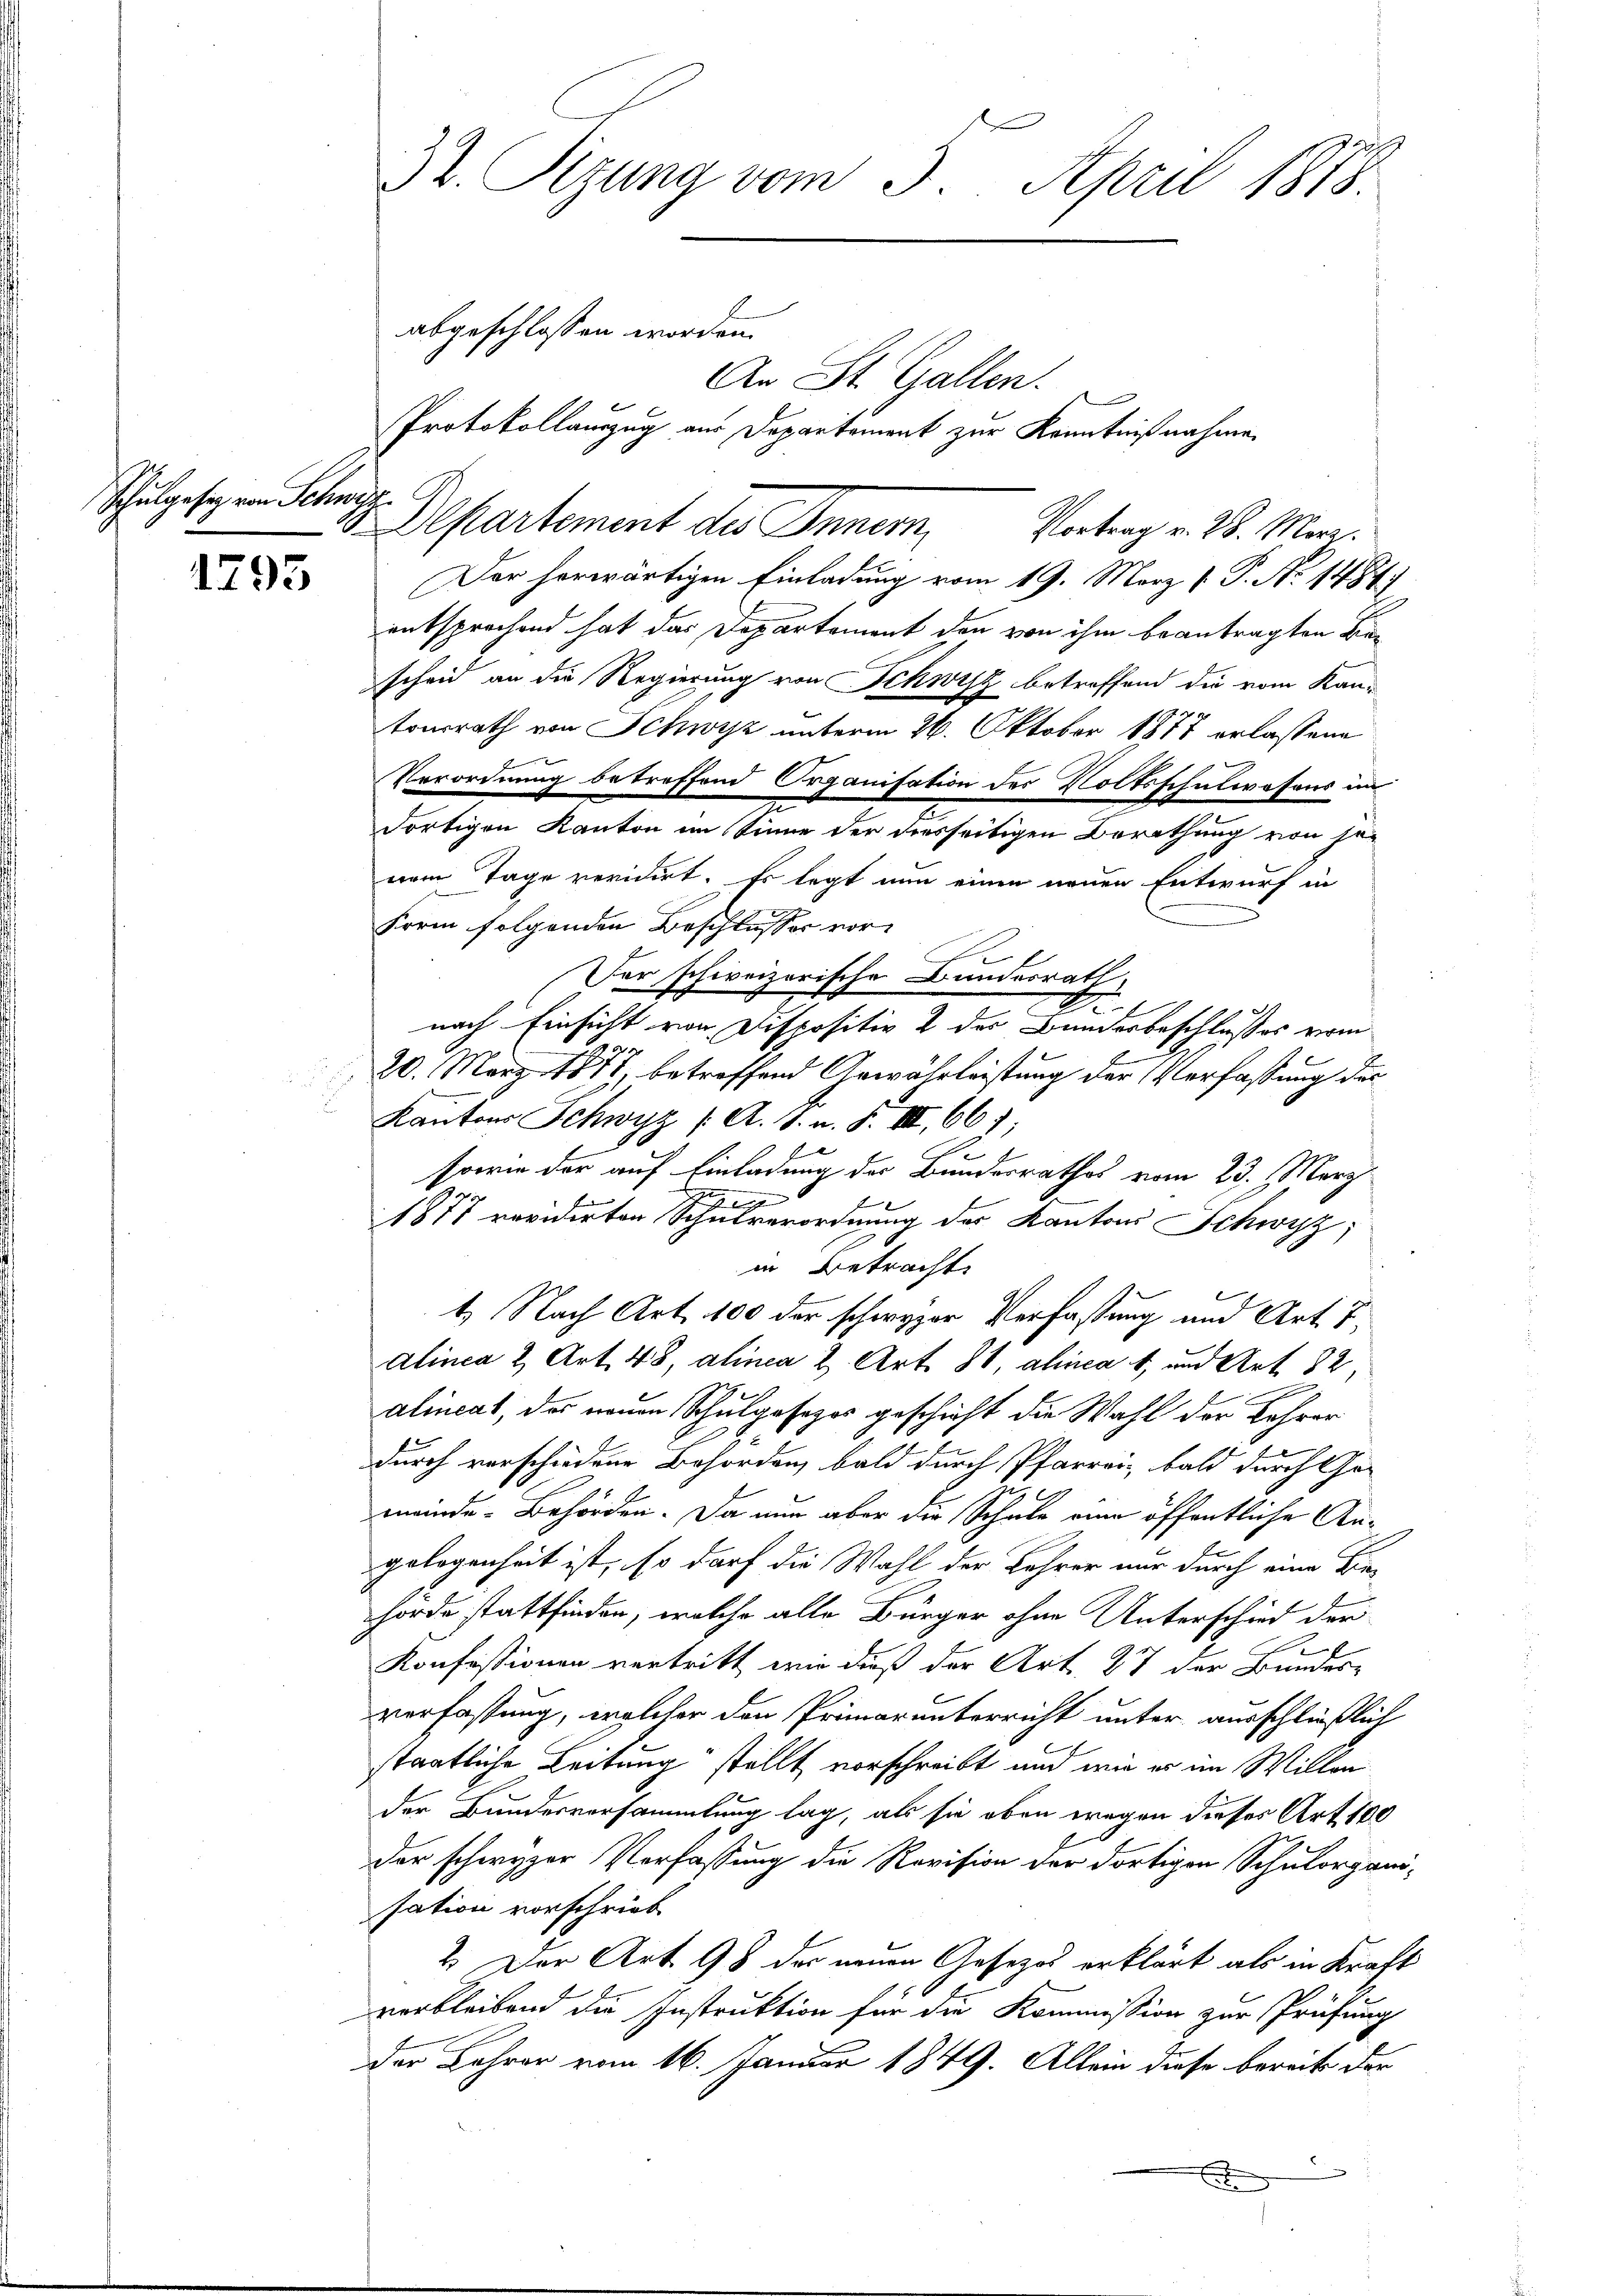
Schulgeseg von Schwyz

1795

u

32. Sizung vom 5. April 1878
abgeschlossen worden.
An St. Gallen.
e
Protokollauszug aus Departement zur Kenntnißnahme

Departement des Inner, Vortrag v. 28. Mar.

Der herwärtigen Einladung vom 19. März [ P. Nr. 1487.
entsprochend hat das Departement den von ihm beantragten Bescheid an die Regierung von Schwyz betreffend die vom Kan-
tonsrath von Schwyz unterm 26. Oktober 1877 erlassene
Verordnung betreffend Organisation des Volksschulwesens im
dortigen Kanton im Sinne der diesseitigen Berathung von jenem Tage revidirt. Es legt nun einen neuen Entwurf in
Form folgenden Beschlusses vor
Der schweizerische Bundesrath,
D
nach Einsicht von Dispositiv 2 des Bunderbeschlusses vom
20. März 1871, betreffend Gewährleistung der Verfassung der
Kantons Schwyz (A. 1. u. F. III 661
sowie der auf Einladung der Bundesrathes vom 23. März.
1877 revidirten Schulverordnung des Kantons Schwyz;
in Betracht
t. Nach Art. 100 der schwyzer Verfassung und Art. 7,
Alinea 2 Art. 48, alinea 2. Art. 88, alica 1, und Art. 82,
.
alincas, das neuen Schulgesezes geschieht die Wahl der Lehrer
durch vorschiedene Behörden, bald durch Pfarrei, bald durch Ge-
meinde-Behörden. Da nun aber die Schule eine öffentliche An¬
1
gelogenheit ist, so darf die Wahl der Lehrer nur durch eine Be-
hörde stattfinden, welche alle Bürger ohne Unterschied der
Konfessionen vertritt, wie dieß der Art. 27 der Bundes-
verfassung, welcher den Primarunterricht unter ausschließlich
staatliche Leitung stellt vorschreibt, und wie er im Willen
der Bundesversammlung lag, als sie oben wegen dieses Art. 100
der schwyzer Verfassung die Revision der dortigen Schulorgani-
sation vorschrieb
2. Der Art. 98 der neuen Gesetzes erklärt, als in Kraft
verbleibend die Instruktion für die Kommission zur Prüfung
der Lehrer vom 16. Januar 1849. Allein diese bereits der
x